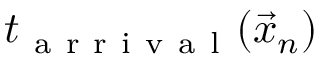
t _ { \mathrm { ~ a ~ r ~ r ~ i ~ v ~ a ~ l ~ } } ( \vec { x } _ { n } )